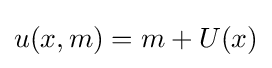
u(x,m)=m+U(x)